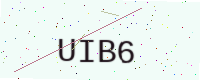
Text: UIB6